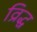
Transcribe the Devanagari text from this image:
व्रिद्ध